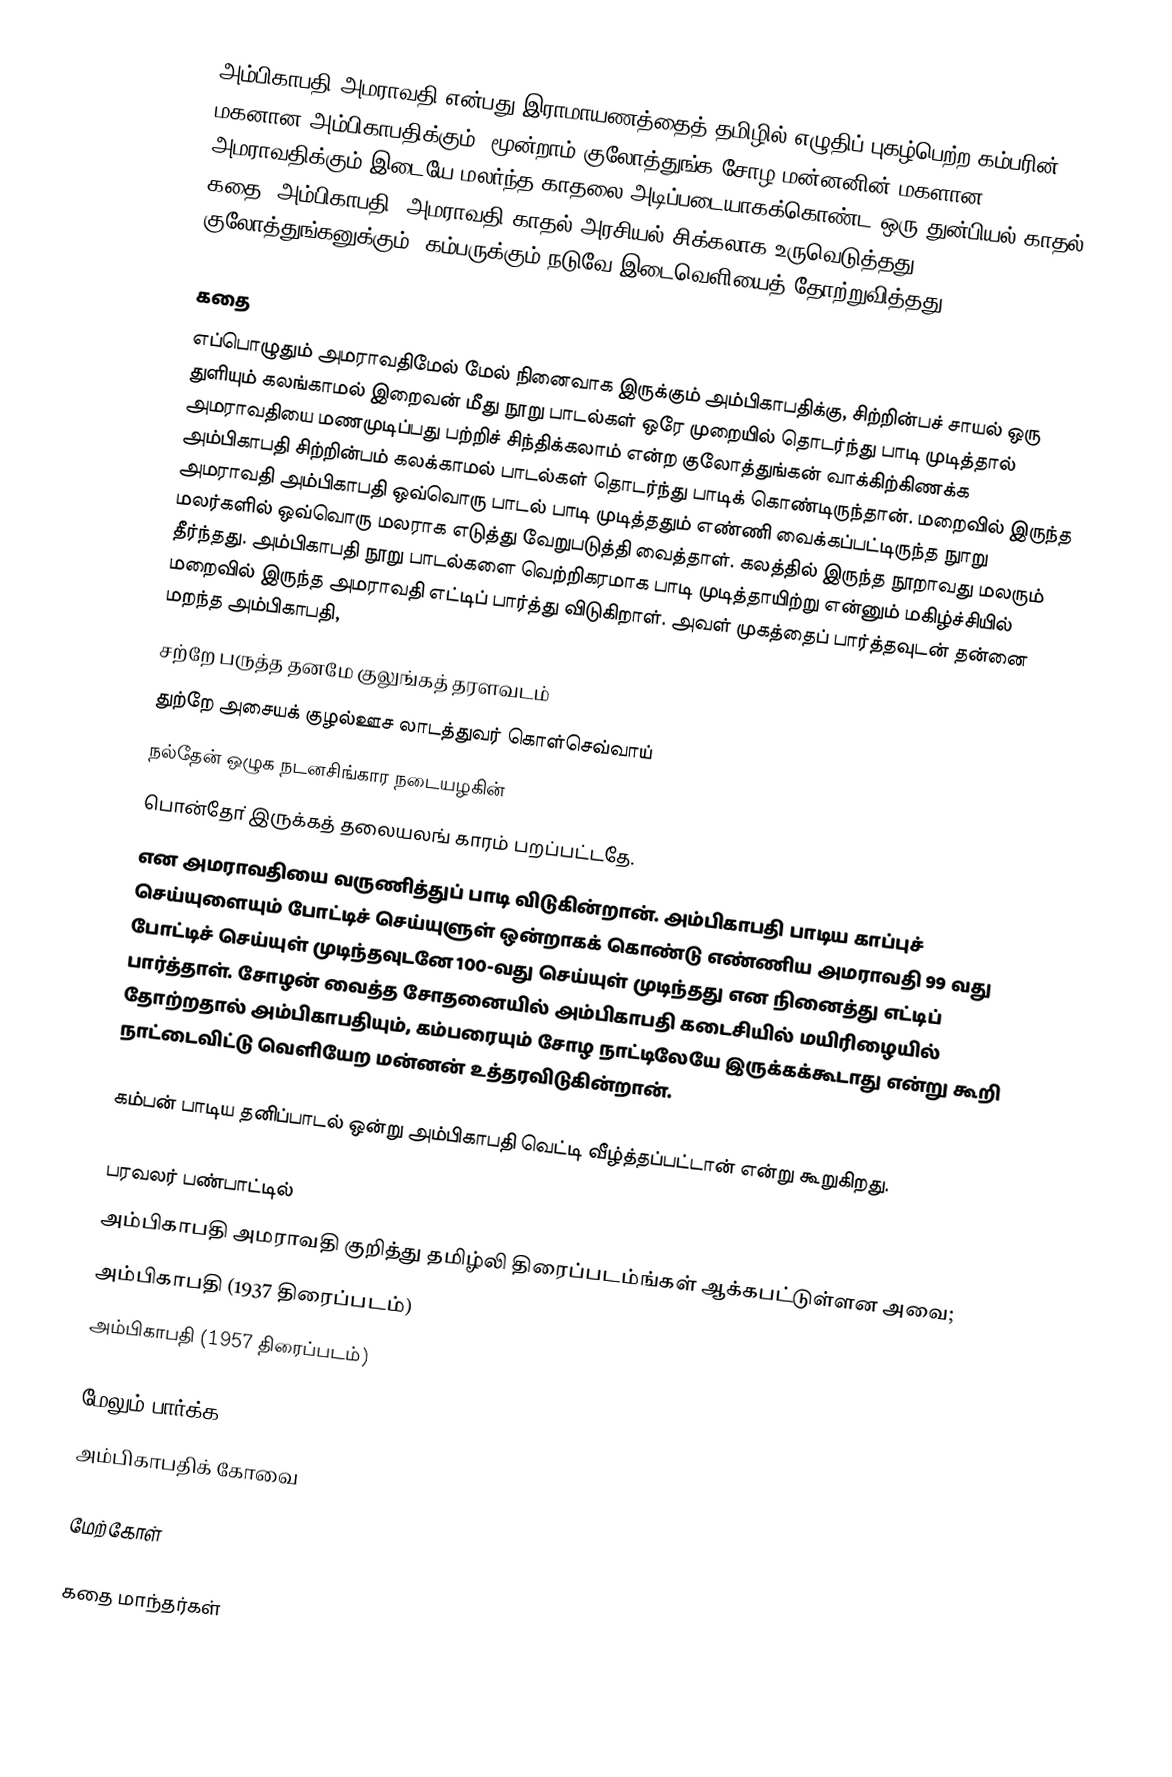
அம்பிகாபதி-அமராவதி என்பது இராமாயணத்தைத் தமிழில் எழுதிப் புகழ்பெற்ற கம்பரின் மகனான அம்பிகாபதிக்கும், மூன்றாம் குலோத்துங்க சோழ மன்னனின் மகளான அமராவதிக்கும் இடையே மலர்ந்த காதலை அடிப்படையாகக்கொண்ட ஒரு துன்பியல் காதல் கதை. அம்பிகாபதி, அமராவதி காதல் அரசியல் சிக்கலாக உருவெடுத்தது. குலோத்துங்கனுக்கும், கம்பருக்கும் நடுவே இடைவெளியைத் தோற்றுவித்தது.

கதை
எப்பொழுதும் அமராவதிமேல் மேல் நினைவாக இருக்கும் அம்பிகாபதிக்கு,  சிற்றின்பச் சாயல் ஒரு துளியும் கலங்காமல் இறைவன் மீது நூறு பாடல்கள் ஒரே முறையில் தொடர்ந்து பாடி முடித்தால் அமராவதியை மணமுடிப்பது பற்றிச் சிந்திக்கலாம் என்ற குலோத்துங்கன் வாக்கிற்கிணக்க அம்பிகாபதி சிற்றின்பம் கலக்காமல் பாடல்கள் தொடர்ந்து பாடிக் கொண்டிருந்தான். மறைவில் இருந்த அமராவதி அம்பிகாபதி ஒவ்வொரு பாடல் பாடி முடித்ததும் எண்ணி வைக்கப்பட்டிருந்த நுாறு மலர்களில் ஒவ்வொரு மலராக எடுத்து வேறுபடுத்தி வைத்தாள். கலத்தில் இருந்த நூறாவது மலரும் தீர்ந்தது. அம்பிகாபதி நூறு பாடல்களை வெற்றிகரமாக பாடி முடித்தாயிற்று என்னும் மகிழ்ச்சியில் மறைவில் இருந்த அமராவதி எட்டிப் பார்த்து விடுகிறாள். அவள் முகத்தைப் பார்த்தவுடன் தன்னை மறந்த அம்பிகாபதி,
சற்றே பருத்த தனமே குலுங்கத் தரளவடம்
துற்றே அசையக் குழல்ஊச லாடத்துவர் கொள்செவ்வாய்
நல்தேன் ஒழுக நடனசிங்கார நடையழகின்
பொன்தோ் இருக்கத் தலையலங் காரம் பறப்பட்டதே.
என அமராவதியை வருணித்துப் பாடி விடுகின்றான். அம்பிகாபதி பாடிய காப்புச் செய்யுளையும் போட்டிச் செய்யுளுள் ஒன்றாகக் கொண்டு எண்ணிய அமராவதி 99 வது போட்டிச் செய்யுள் முடிந்தவுடனே 100-வது செய்யுள் முடிந்தது என நினைத்து எட்டிப் பார்த்தாள். சோழன் வைத்த சோதனையில் அம்பிகாபதி கடைசியில் மயிரிழையில் தோற்றதால் அம்பிகாபதியும், கம்பரையும் சோழ நாட்டிலேயே இருக்கக்கூடாது என்று கூறி நாட்டைவிட்டு வெளியேற மன்னன் உத்தரவிடுகின்றான்.

கம்பன் பாடிய தனிப்பாடல் ஒன்று அம்பிகாபதி வெட்டி வீழ்த்தப்பட்டான் என்று கூறுகிறது.

பரவலர் பண்பாட்டில்
அம்பிகாபதி அமராவதி குறித்து தமிழ்லி திரைப்படம்ங்கள் ஆக்கபட்டுள்ளன அவை;
 அம்பிகாபதி (1937 திரைப்படம்)
 அம்பிகாபதி (1957 திரைப்படம்)

மேலும் பார்க்க
 அம்பிகாபதிக் கோவை

மேற்கோள்

கதை மாந்தர்கள்